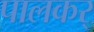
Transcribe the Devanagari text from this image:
पालकर्